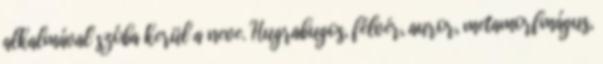
alkalmával szóba kerül a neve. Hugrabugos, félvér, auror, metamorfmágus,